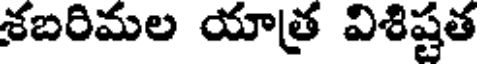
శబరిమల యాత్ర విశిష్టత